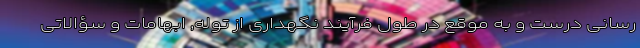
‌رسانی درست و به موقع در طول فرآیند نگهداری از توله, ابهامات و سؤالاتی